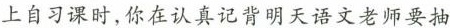
上自习课时，你在认真记背明天语文老师要抽